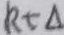
R t \Delta